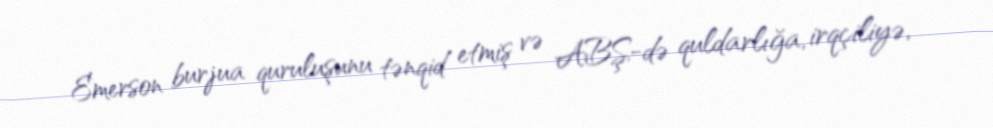
Emerson burjua quruluşunu tənqid etmiş və ABŞ-də quldarlığa, irqçiliyə,